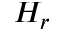
H _ { r }